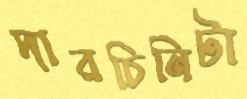
দারচিনিটা